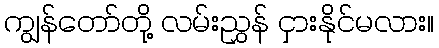
ကျွန်တော်တို့ လမ်းညွှန် ငှားနိုင်မလား။